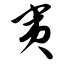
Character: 夷